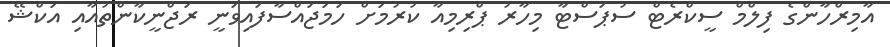
އާމިރްހާންގެ ފިލްމް ސީކްރެޓް ސުޕަސްޓާ މިހާރު ޕްރިމިއާ ކުރުމަށް ހަމަޖައްސާފައިވަނީ ރަޖްނީކާންތުއާއި އަކްޝޭ